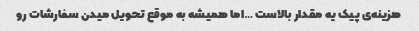
هزینه‌ی پیک یه مقدار بالاست …اما همیشه به موقع تحویل میدن سفارشات رو